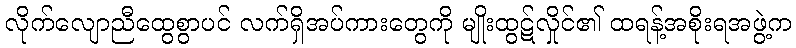
လိုက်လျောညီထွေစွာပင် လက်ရှိအပ်ကားတွေကို မျိုးထွဋ်လှိုင်၏ ထရန့်အစိုးရအဖွဲ့က